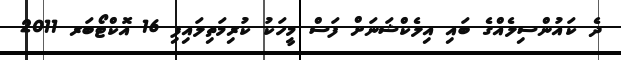
ދެ ކައުންސިލެއްގެ ބައި އިލެކްޝަނަށް ފަސް މީހަކު ކުރިމަތިލައިފި 16 އޮކްޓޯބަރ 2011